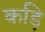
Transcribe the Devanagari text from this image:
कड़ि